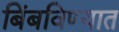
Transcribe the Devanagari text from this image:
बिंबविण्यात